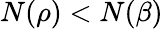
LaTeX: N(\rho)<N(\beta)